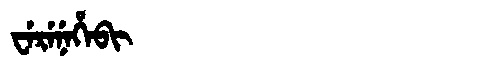
Manchu: ᠸᡝᡵᡝᠨᡝᡥᡝᠪᡳ
Romanization: WERENEHEBI